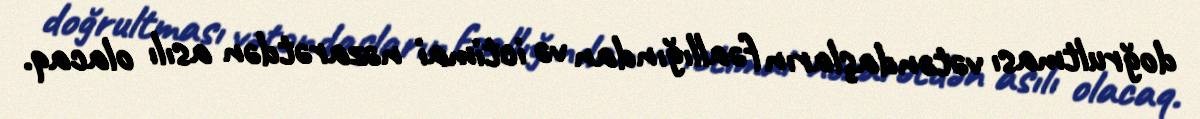
doğrultması vətəndaşların fəallığından və ictimai nəzarətdən asılı olacaq.